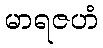
မာရဇဟံ